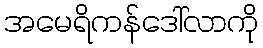
အမေရိကန်ဒေါ်လာကို